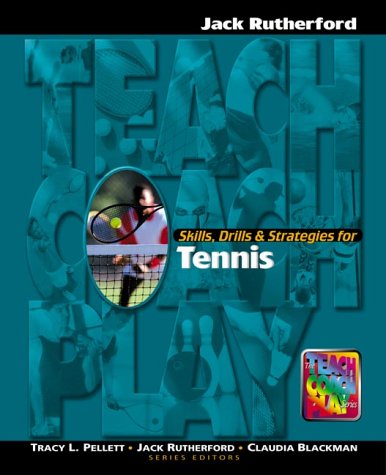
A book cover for Skills, Drills & Strategies for Tennis (The Teach, Coach, Play Series); Jack Rutherford; Sports & Outdoors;